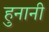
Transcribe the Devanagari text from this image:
हुनानी